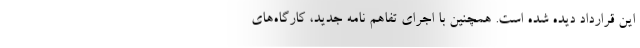
این قرارداد دیده شده است. همچنین با اجرای تفاهم نامه جدید، کارگاه‌های